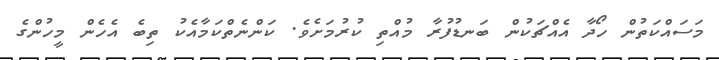
މަސައްކަތުން ހޯދާ އެއްޗަކުން ބަނޑުފުރާ މުއްތި ކުރުމަށެވެ. ކަންނެތްކަމާއެކު ތިބެ އެހެން މީހުންގެ